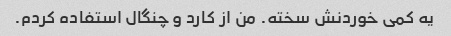
یه کمی خوردنش سخته. من از کارد و چنگال استفاده کردم.